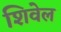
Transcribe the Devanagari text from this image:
शिवेल